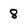
Character: 8